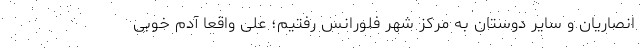
انصاریان و سایر دوستان به مرکز شهر فلورانس رفتیم؛ علی واقعا آدم خوبی